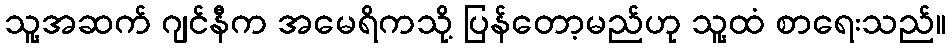
သူ့အဆက် ဂျင်နီက အမေရိကသို့ ပြန်တော့မည်ဟု သူ့ထံ စာရေးသည်။